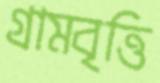
গ্রামবৃত্তি